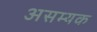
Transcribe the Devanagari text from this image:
असम्यक